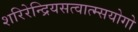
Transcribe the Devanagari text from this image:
शरिरेन्द्रियसत्वात्म्सयोगो